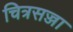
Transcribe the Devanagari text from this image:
चित्रसज्जा